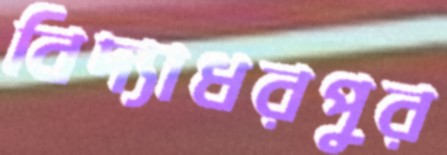
বিদ্যাধরপুর